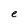
Character: e